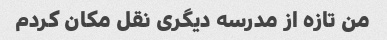
من تازه از مدرسه دیگری نقل مکان کردم